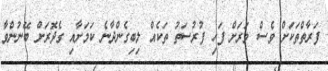
ފަރާތްތަކަށް ވެސް ވަރަށް ފަހި ފުރުސަތު ތަކެއް ލިބިގެންދާނެ ކަމަށާއި ގެދޮރަށް ބޭނުންވާ